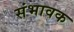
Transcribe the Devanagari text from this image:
संभावक